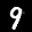
Label: 9